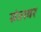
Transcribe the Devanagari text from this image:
संतावर